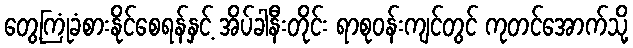
တွေ့ကြုံခံစားနိုင်စေရန်နှင့် အိပ်ခါနီးတိုင်း ရာစုဝန်းကျင်တွင် ကုတင်အောက်သို့